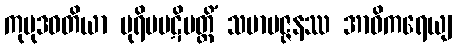
ကုမုဒဝတိယာ ပုရိမပဋိပတ္တိံ သမာပဇ္ဇနဿ အာဝိကရေယျ